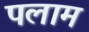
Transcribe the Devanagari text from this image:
पलाम